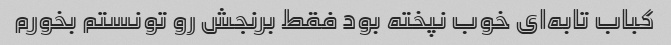
کباب تابه‌ای خوب نپخته بود فقط برنجش رو تونستم بخورم